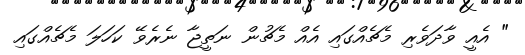
" އެއީ ވާދަވެރި މެޗެއްގައި އެއް މެޗުން ނަތީޖާ ނެރެވޭ ކަހަލަ މެޗެއްގައި